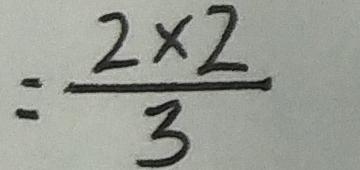
= \frac { 2 \times 2 } { 3 }